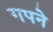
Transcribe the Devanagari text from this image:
गपने